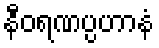
နီဝရဏပ္ပဟာနံ